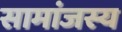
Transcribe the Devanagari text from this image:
सामांजस्य